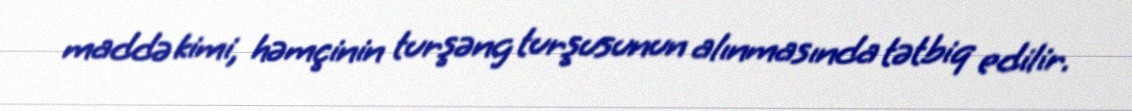
maddə kimi, həmçinin turşəng turşusunun alınmasında tətbiq edilir.